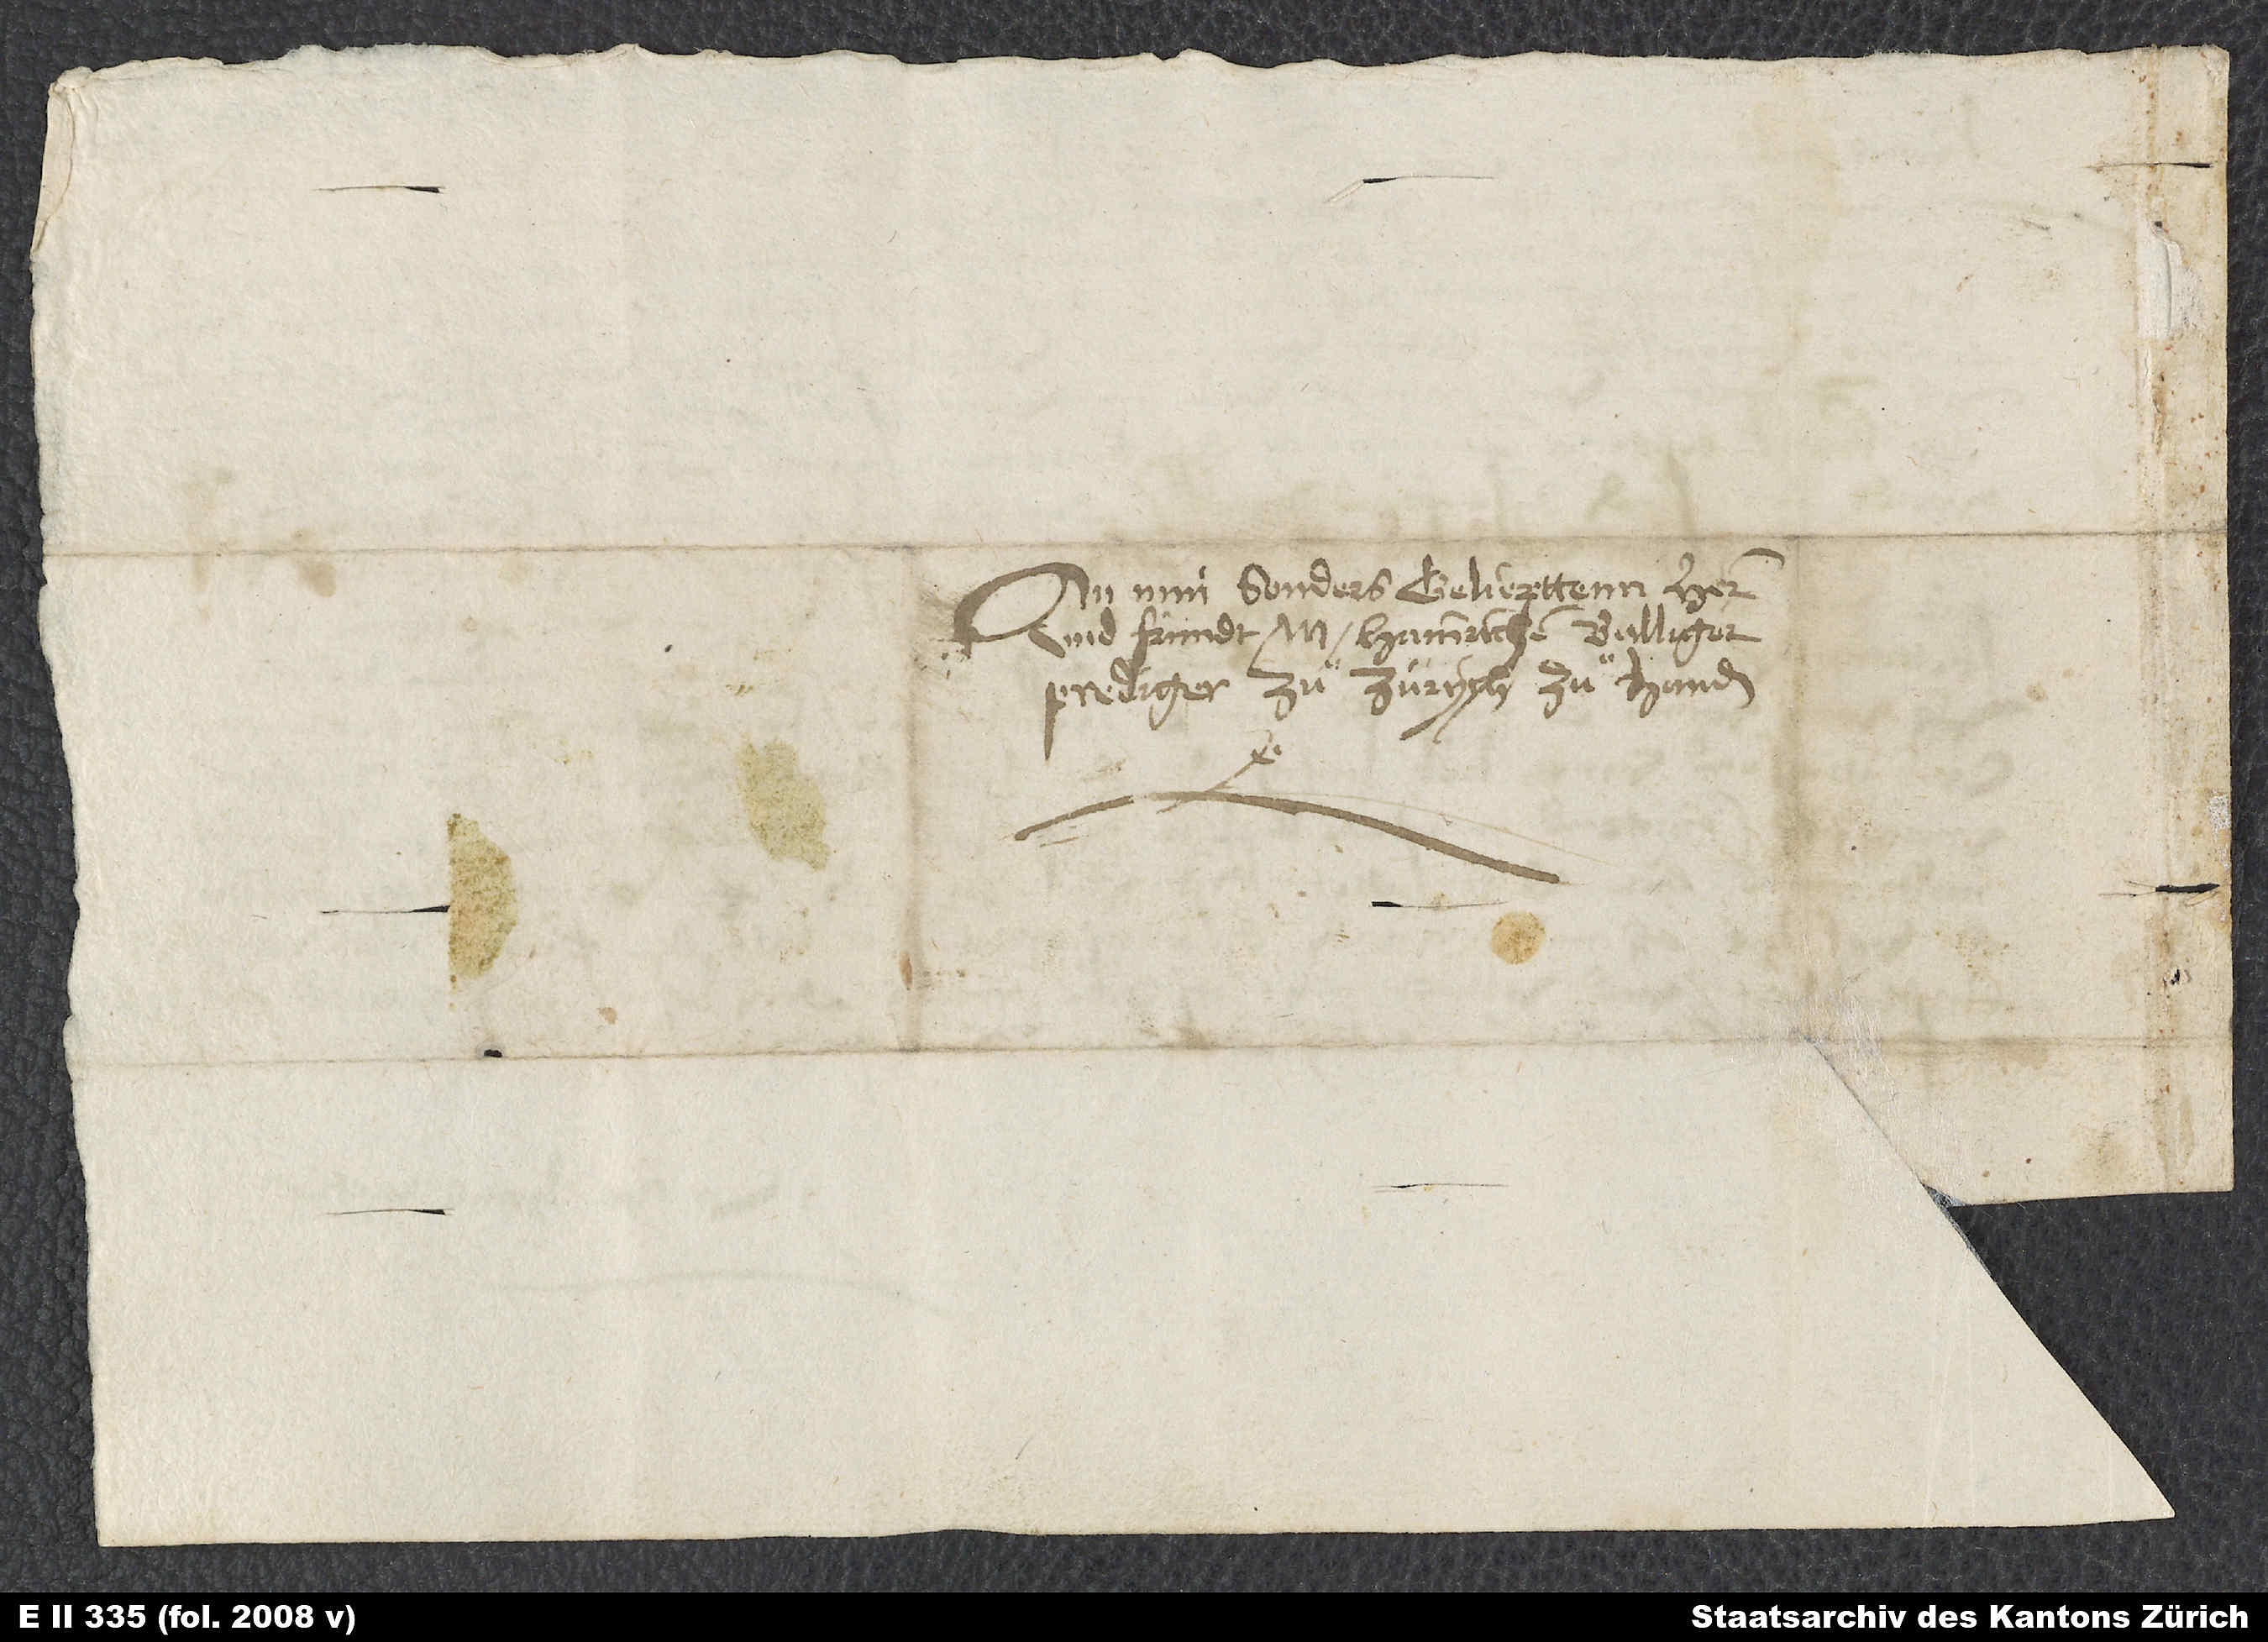
An min sonders geliepttenn herr
und fründt M. Hainrichen Bulliger,
prediger zuͦ Zürych, zuͦ handen.